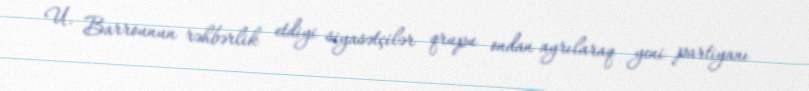
U. Barrounun rəhbərlik etdiyi siyasətçilər qrupu ondan ayrılaraq yeni partiyanı